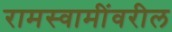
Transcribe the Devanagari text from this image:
रामस्वामींवरील